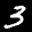
Label: 3